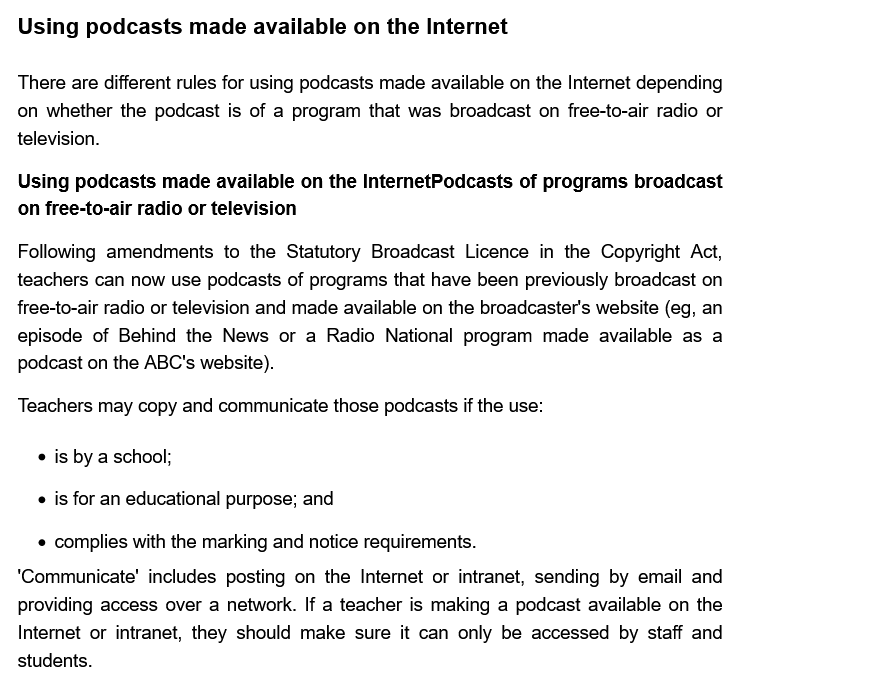
Using  podcasts   made available   on  the Internet
  There are different rules for using podcasts made available on the Internet depending
  on  whether the podcast is of a program that was broadcast on free-to-air radio or
  television.
   Using podcasts made available on the InternetPodcasts of programs broadcast
  on free-to-air radio or television
   Following amendments to the Statutory Broadcast Licence in the Copyright Act,
  teachers can now use podcasts of programs that have been previously broadcast on
  free-to-air radio or television and made available on the broadcaster's website (eg, an
  episode of Behind the News  or a Radio  National program made available as a
   podcast on the ABC's website).
  Teachers may copy and communicate those podcasts if the use:
     * is bya school;
     is for an educational purpose; and
     complies with the marking and notice requirements.
  ‘Communicate’ includes posting on the Internet or intranet, sending by email and
   providing access over a network. If a teacher is making a podcast available on the
   Internet or intranet, they should make sure it can only be accessed by staff and
  students.